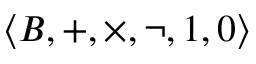
\langle B , + , \times , \lnot , 1 , 0 \rangle